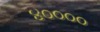
૪૦૦૦૦